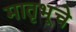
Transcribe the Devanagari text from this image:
मातृभूचे